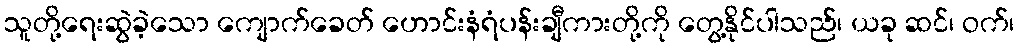
သူတို့ရေးဆွဲခဲ့သော ကျောက်ခေတ် ဟောင်းနံရံပန်းချီကားတို့ကို တွေ့နိုင်ပါသည်၊ ယခု ဆင်၊ ဝက်၊